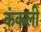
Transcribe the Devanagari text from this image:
कंकली